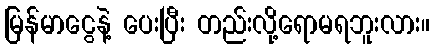
မြန်မာငွေနဲ့ ပေးပြီး တည်းလို့ရောမရဘူးလား။